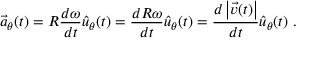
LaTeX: { \vec { a } } _ { \theta } ( t ) = R { \frac { d \omega } { d t } } { \hat { u } } _ { \theta } ( t ) = { \frac { d R \omega } { d t } } { \hat { u } } _ { \theta } ( t ) = { \frac { d \left| { \vec { v } } ( t ) \right| } { d t } } { \hat { u } } _ { \theta } ( t ) \ .